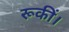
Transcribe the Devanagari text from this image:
रूकीं।